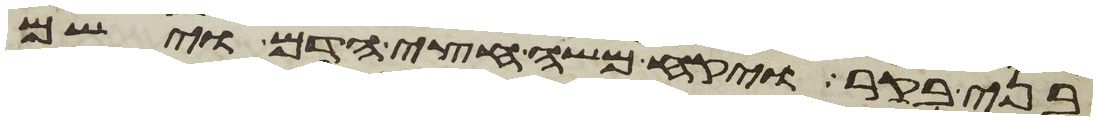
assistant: בני בקר ויקח משה חצי הדם וישם